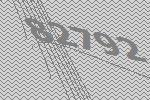
82792